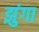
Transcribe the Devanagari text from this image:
झुंगा